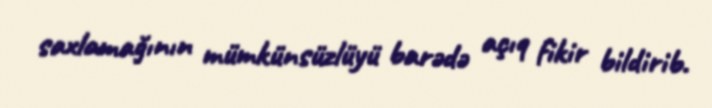
saxlamağının mümkünsüzlüyü barədə açıq fikir bildirib.